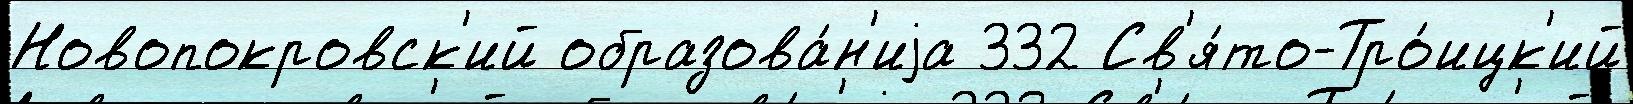
Новопокровск'ий образова́н'иjа 332 Св'я́то-Тро́ицк'ий